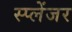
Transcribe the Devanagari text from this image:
स्प्लेंजर